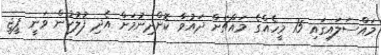
މައްސަލައިގައި 15 މީހެއްގެ މައްޗަށް ދައުވާ ކޮށްދިނުމަށް އެދި ފުލުހުން ވަނީ ޕީޖީ